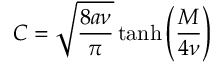
C = \sqrt { \frac { 8 a \nu } { \pi } } \operatorname { t a n h } \left( \frac { M } { 4 \nu } \right)